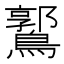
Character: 𪅪